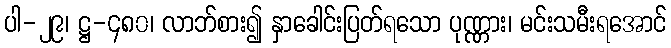
ပါ-၂၉၊ ဋ္ဌ-၄၈၀၊ လာဘ်စား၍ နှာခေါင်းပြတ်ရသော ပုဏ္ဏား၊ မင်းသမီးရအောင်